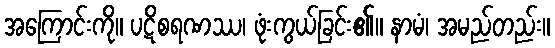
အကြောင်းကို။ ပဋိစရဏဿ၊ ဖုံးကွယ်ခြင်း၏။ နာမံ၊ အမည်တည်း။